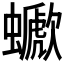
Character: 𧓗